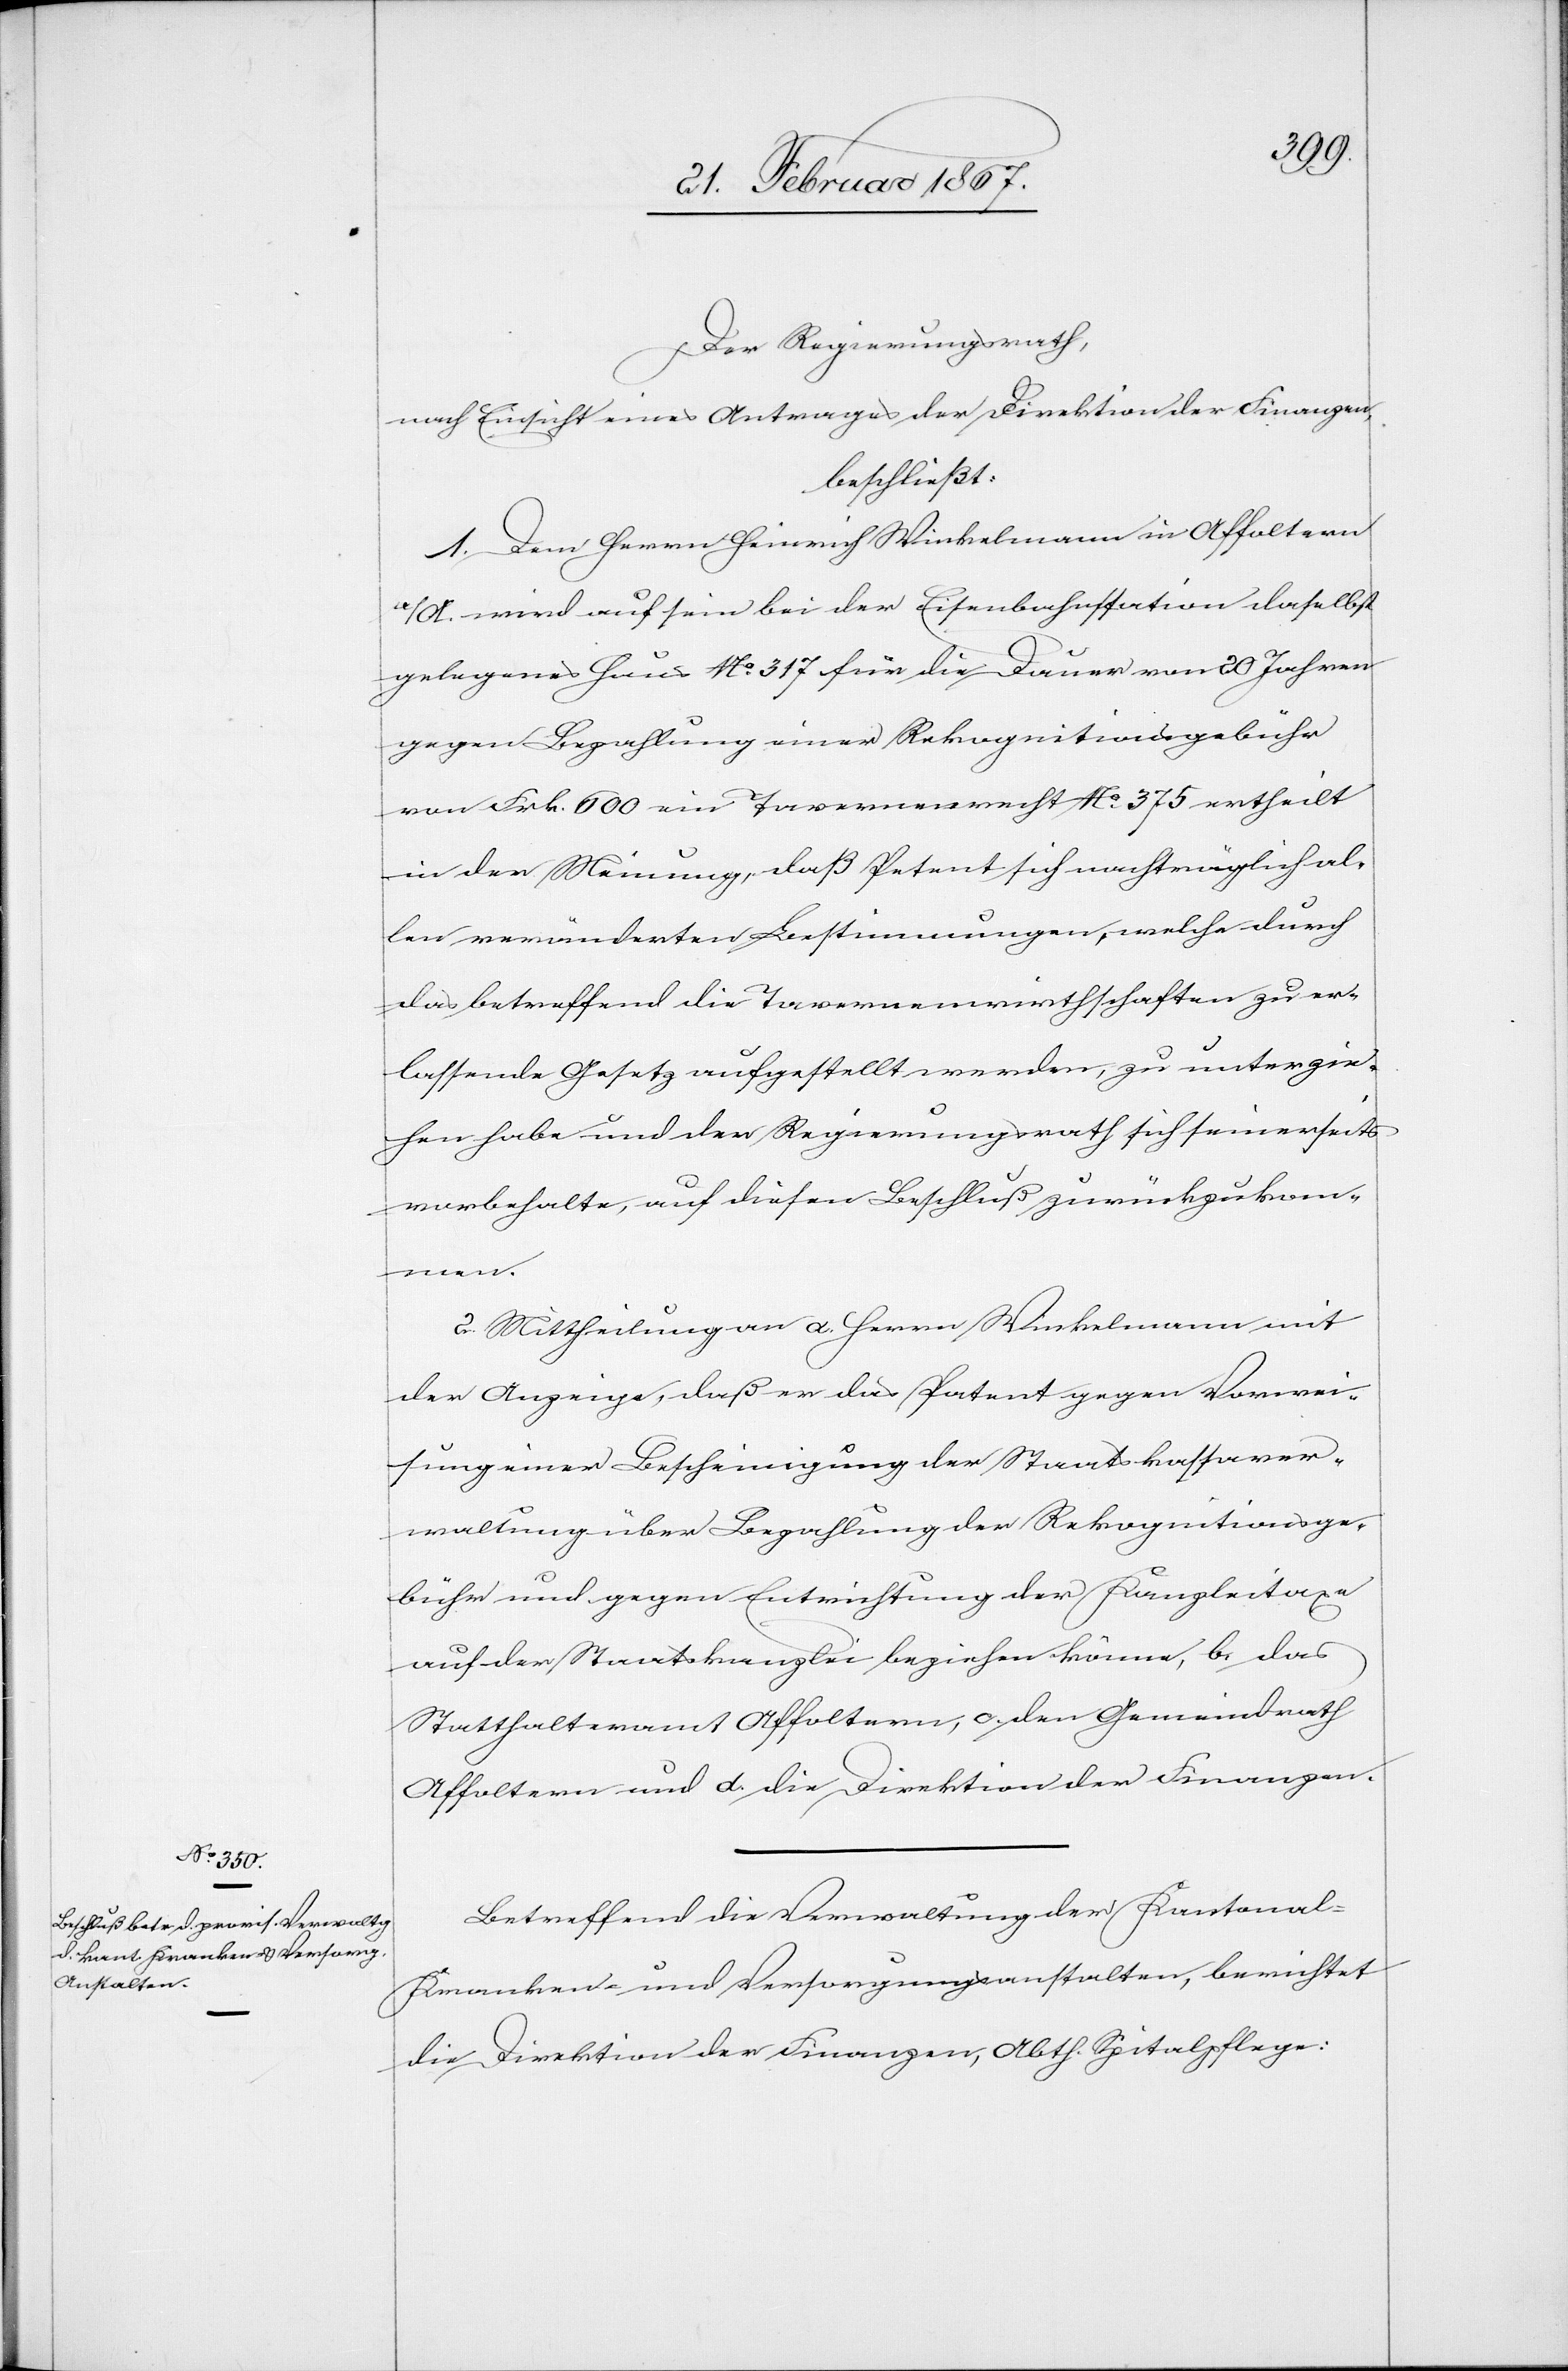
unterzie¬
Der Regierungsrath,
nach Einsicht eines Antrages der Direktion der Finanzen,
beschließt:
1. Dem Herrn Heinrich Winkelmann in Affoltern
a/A wird auf sein bei der Eisenbahnstation daselbst
gelegenes Haus No. 317 für die Dauer von 20 Jahren
gegen Bezahlung einer Rekognitionsgebühr
von Frk. 600 ein Tavernenrecht No. 375 ertheilt
in der Meinung, daß Petent sich nachträglich al¬
len veränderten Bestimmungen, welche durch
hen habe und der Regierungsrath sich seinerseits
vorbehalte, auf diesen Beschluß zurückzukom¬
men.
2. Mittheilung an a. Herrn Winkelmann mit
der Anzeige, daß er das Patent gegen Vorwei¬
sung einer Bescheinigung der Staatskassaver¬
waltung über Bezahlung der Rekognitionsge¬
bühr und gegen Entrichtung der Kanzleitaxe
auf der Staatskanzlei beziehen könne, b. das
Statthalteramt Affoltern, c. den Gemeindrath
Affoltern und d. die Direktion der Finanzen.
Betreffend die Verwaltung der Kantonal-K¬
ranken- und Versorgungsanstalten, berichtet
die Direktion der Finanzen, Abth. Spitalpflege: